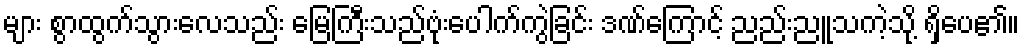
များ စွာထွက်သွားလေသည်း မြေကြီးသည်ဗုံးပေါက်ကွဲခြင်း ဒဏ်ကြောင့် ညည်းညူသကဲ့သို့ ရှိပေ၏။